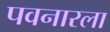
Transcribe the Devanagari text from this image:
पवनारला